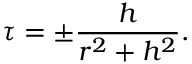
\tau = \pm { \frac { h } { r ^ { 2 } + h ^ { 2 } } } .